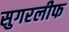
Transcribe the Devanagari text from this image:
सुगरलीफ